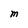
Character: M